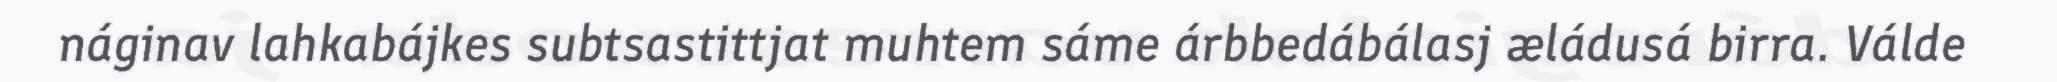
náginav lahkabájkes subtsastittjat muhtem sáme árbbedábálasj æládusá birra. Válde